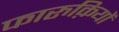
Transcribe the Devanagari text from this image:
फारुक़ियों